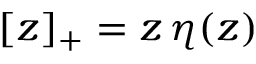
{ [ z ] _ { + } = z \, \eta ( z ) }